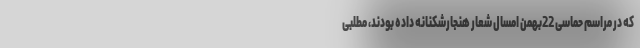
که در مراسم حماسی 22بهمن امسال شعار هنجارشکنانه داده بودند، مطلبی